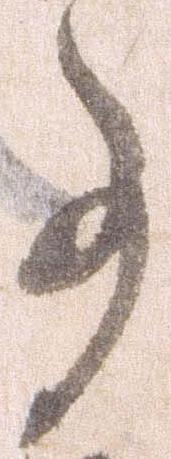
事